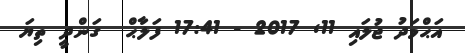
އަޙްމަދު ޖުލައި 11